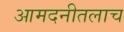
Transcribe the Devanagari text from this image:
आमदनीतलाच